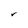
Character: r